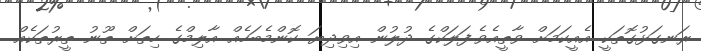
ރަނގަޅުގޮތަކީ އެއީކަމަށް ވާތީއެވެ.ފަލަކްގެ ދުލުން އިވިދިޔަ ކޮންމެބަހެއް އާލިމްގެ ހިތަށް ތޫނު ތީރުތަކެއް